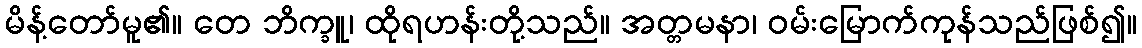
မိန့်တော်မူ၏။ တေ ဘိက္ခူ၊ ထိုရဟန်းတို့သည်။ အတ္တမနာ၊ ဝမ်းမြောက်ကုန်သည်ဖြစ်၍။